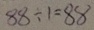
8 8 \div 1 = 8 8